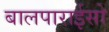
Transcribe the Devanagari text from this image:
बालपाराईसो